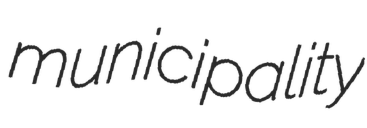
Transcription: municipality